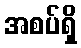
အစပ်ရှိ